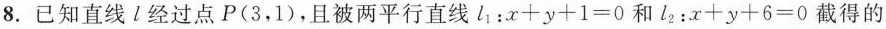
8.已知直线l经过点P(3，1)，且被两平行直线l_{ 1 }：$$ x + y + 1 = 0$$ 和l_{ 2 }：$$x + y + 6 = 0$$ 截得的